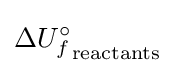
\Delta {U_{f}^{\circ }}_{\mathrm {reactants} }